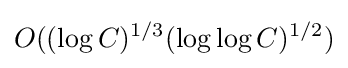
O((\log C)^{1/3}(\log \log C)^{1/2})